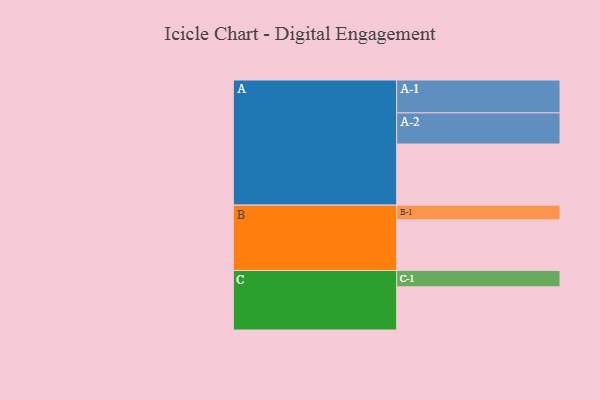
{"axis": {"x": "Segment", "y": "Value"}, "legend": ["", "A", "B", "C"], "data": [{"x": "A", "y": 474, "type": ""}, {"x": "B", "y": 393, "type": ""}, {"x": "C", "y": 335, "type": ""}, {"x": "A-1", "y": 255, "type": "A"}, {"x": "A-2", "y": 242, "type": "A"}, {"x": "B-1", "y": 114, "type": "B"}, {"x": "C-1", "y": 127, "type": "C"}]}